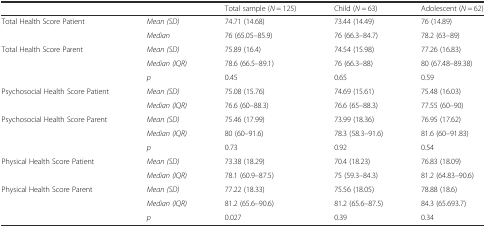
<table><thead><tr><td></td><td></td><td><b>Total sample (<i>N</i> = 125)</b></td><td><b>Child (<i>N</i> = 63)</b></td><td><b>Adolescent (<i>N</i> = 62)</b></td></tr></thead><tbody><tr><td rowspan="2">Total Health Score Patient</td><td><i>Mean (SD)</i></td><td>74.71 (14.68)</td><td>73.44 (14.49)</td><td>76 (14.89)</td></tr><tr><td><i>Median</i></td><td>76 (65.05–85.9)</td><td>76 (66.3–84.7)</td><td>78.2 (63–89)</td></tr><tr><td rowspan="3">Total Health Score Parent</td><td><i>Mean (SD)</i></td><td>75.89 (16.4)</td><td>74.54 (15.98)</td><td>77.26 (16.83)</td></tr><tr><td><i>Median (IQR)</i></td><td>78.6 (66.5–89.1)</td><td>76 (66.3–88)</td><td>80 (67.48–89.38)</td></tr><tr><td><i>p</i></td><td>0.45</td><td>0.65</td><td>0.59</td></tr><tr><td rowspan="2">Psychosocial Health Score Patient</td><td><i>Mean (SD)</i></td><td>75.08 (15.76)</td><td>74.69 (15.61)</td><td>75.48 (16.03)</td></tr><tr><td><i>Median (IQR)</i></td><td>76.6 (60–88.3)</td><td>76.6 (65–88.3)</td><td>77.55 (60–90)</td></tr><tr><td rowspan="3">Psychosocial Health Score Parent</td><td><i>Mean (SD)</i></td><td>75.46 (17.99)</td><td>73.99 (18.36)</td><td>76.95 (17.62)</td></tr><tr><td><i>Median (IQR)</i></td><td>80 (60–91.6)</td><td>78.3 (58.3–91.6)</td><td>81.6 (60–91.83)</td></tr><tr><td><i>p</i></td><td>0.73</td><td>0.92</td><td>0.54</td></tr><tr><td rowspan="2">Physical Health Score Patient</td><td><i>Mean (SD)</i></td><td>73.38 (18.29)</td><td>70.4 (18.23)</td><td>76.83 (18.09)</td></tr><tr><td><i>Median (IQR)</i></td><td>78.1 (60.9–87.5)</td><td>75 (59.3–84.3)</td><td>81.2 (64.83–90.6)</td></tr><tr><td rowspan="3">Physical Health Score Parent</td><td><i>Mean (SD)</i></td><td>77.22 (18.33)</td><td>75.56 (18.05)</td><td>78.88 (18.6)</td></tr><tr><td><i>Median (IQR)</i></td><td>81.2 (65.6–90.6)</td><td>81.2 (65.6–87.5)</td><td>84.3 (65.693.7)</td></tr><tr><td><i>p</i></td><td>0.027</td><td>0.39</td><td>0.34</td></tr></tbody></table>